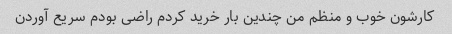
کارشون خوب و منظم من چندین بار خرید کردم راضی بودم سریع آوردن